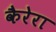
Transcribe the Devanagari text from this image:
कैरेरा